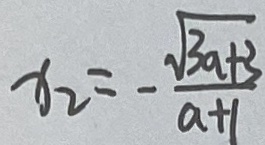
x _ { 2 } = - \frac { \sqrt { 3 a + 3 } } { a + 1 }